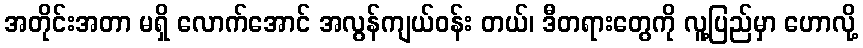
အတိုင်းအတာ မရှိ လောက်အောင် အလွန်ကျယ်ဝန်း တယ်၊ ဒီတရားတွေကို လူ့ပြည်မှာ ဟောလို့